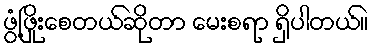
ဖွံ့ဖြိုးစေတယ်ဆိုတာ မေးစရာ ရှိပါတယ်။